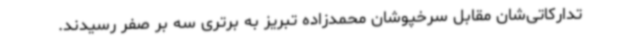
تدارکاتی‌شان مقابل سرخپوشان محمدزاده تبریز به برتری سه بر صفر رسیدند.